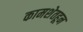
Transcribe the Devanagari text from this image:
कामशेतहून